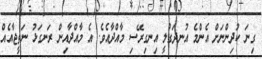
ގިނަ ކުދިންނަށް އެންމެ އުނދަގުލީ އިނގިރޭސި މާއްދާއެވެ. އެ މާއްދާއިން ރަނގަޅު ނަތީޖާއެއް